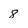
Character: 8